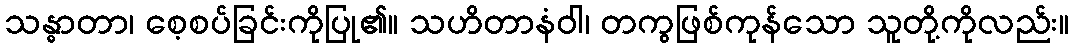
သန္ဓာတာ၊ စေ့စပ်ခြင်းကိုပြု၏။ သဟိတာနံဝါ၊ တကွဖြစ်ကုန်သော သူတို့ကိုလည်း။